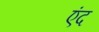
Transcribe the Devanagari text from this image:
एंद